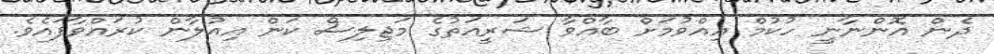
ދެން އޮންނާނީ ހުކުމް އިއްވުމަށް ބާއްވާ ޝަރީއަތުގެ މަޖިލިސް ކަން އިއުލާން ކުރައްވާފައެވެ.